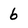
Character: 6